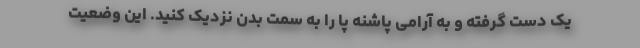
یک دست گرفته و به آرامی پاشنه پا را به سمت بدن نزدیک کنید. این وضعیت